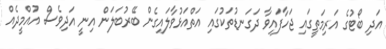
އަދި ބޯޓުގެ އަރިމަތީގައި ޖަހާފައިވާ ދަގަނޑުތަކުގައި އަތްއަޅުވާލައިގެން ބޭރުބަލަން އިނީ އަދިވެސް އުއްމީދެއް